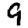
Digit: 9